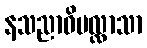
နသညာဝိပလ္လာသာ